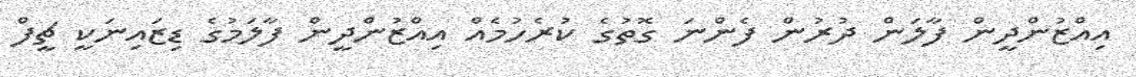
އިއްޒުންދީން ފާލަން ދުރުން ފެންނަ ގޮތުގެ ކުރެހުމެއް އިއްޒުންދީން ފާލަމުގެ ޑިޒައިނަކީ ޗީފް